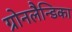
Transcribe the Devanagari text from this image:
ग्रोनलैन्डिका